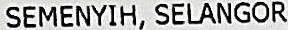
SEMENYIH, SELANGOR